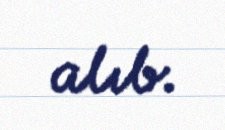
alıb.